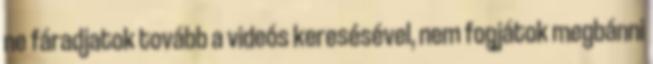
ne fáradjatok tovább a videós keresésével, nem fogjátok megbánni